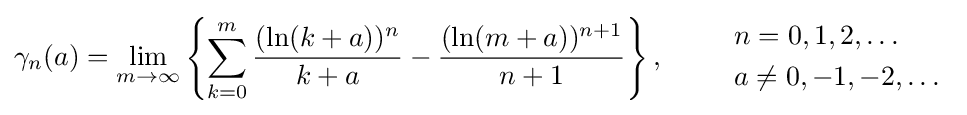
\gamma _{n}(a)=\lim _{m\to \infty }\left\{\sum _{k=0}^{m}{\frac {(\ln(k+a))^{n}}{k+a}}-{\frac {(\ln(m+a))^{n+1}}{n+1}}\right\},\qquad {\begin{array}{l}n=0,1,2,\ldots \\[1mm]a\neq 0,-1,-2,\ldots \end{array}}